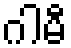
ဂါမီ